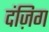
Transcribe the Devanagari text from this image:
दंज़िग